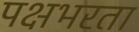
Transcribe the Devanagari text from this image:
पक्षभरता